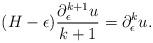
LaTeX: \begin{align*}(H-\epsilon)\frac{\partial_\epsilon^{k+1} u}{k+1}=\partial_\epsilon^{k}u.\end{align*}